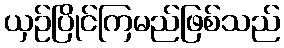
ယှဉ်ပြိုင်ကြမည်ဖြစ်သည်